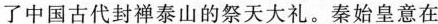
了中国古代封禅泰山的祭天大礼。秦始皇意在